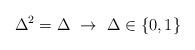
LaTeX: \begin{align*}\Delta^2=\Delta\ \rightarrow \ \Delta\in\{0,1\} \end{align*}